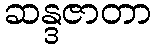
ဆန္ဒဇာတာ